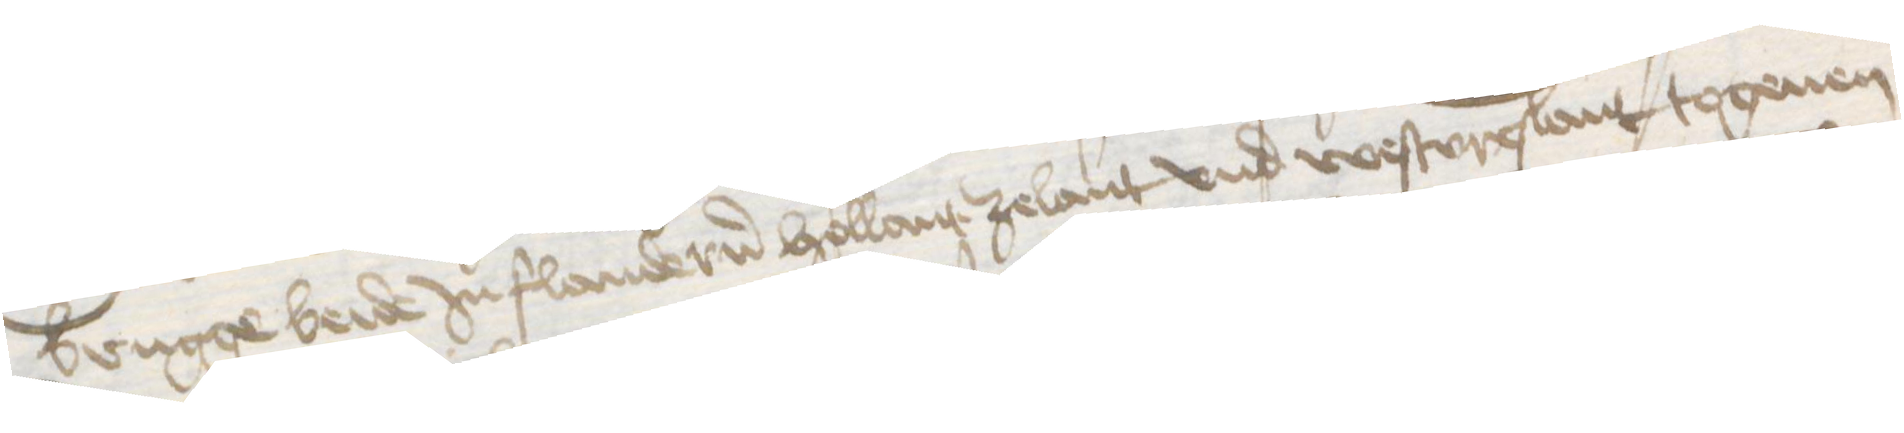
Brugge beide Jn Flandern Hollant Zelant vnd Westvreslant togeuen